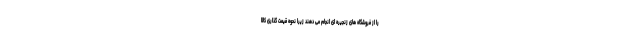
را از فروشگاه های زنجیره ای انجام می دهند زیرا نحوه قیمت گذاری کالا